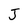
Character: J